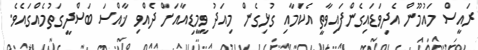
ރައީސް މައުމޫން އެދިވަޑައިގެންފައިވާތީ އެކަމާއި ގުޅިގެން މިއަދު ވީމީޑިއާއަށް ދެއްވި ޚާއްސަ ބަސްދީގަތުމެއްގައެވެ.